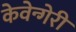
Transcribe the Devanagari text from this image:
केवेन्गेरी